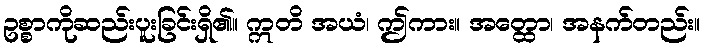
ဥစ္စာကိုဆည်းပူးခြင်းရှိ၏။ ဣတိ အယံ၊ ဤကား။ အတ္ထော၊ အနက်တည်း။